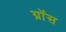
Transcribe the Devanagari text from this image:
ग्राॅस